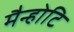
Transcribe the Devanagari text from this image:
मैन्होटि